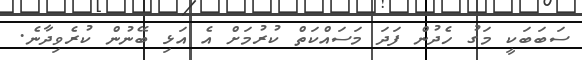
ސަބަބަކީ މަގު ހެދުން ފަދަ މަސައްކަތް ކުރުމަށް އެ އަޅި ބޭނުން ކުރެވިދާނެ.